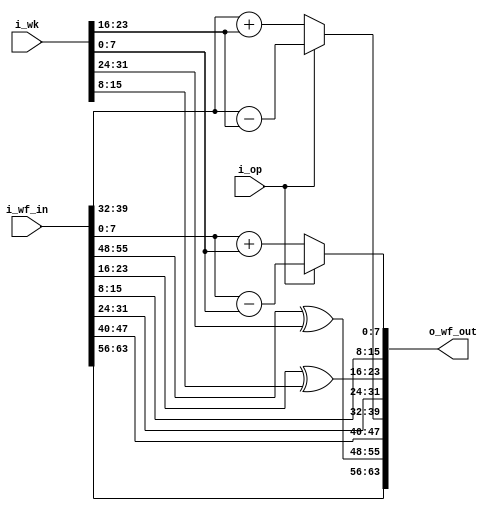
//////////////////////////////////////////////////////////////////////
////                                                              ////
////  Whitening function of main datapath for HIGHT Crypto Core   ////
////                                                              ////
////  This file is part of the HIGHT Crypto Core project          ////
////  http://github.com/OpenSoCPlus/hight_crypto_core             ////
////  http://www.opencores.org/project,hight                      ////
////                                                              ////
////  Description                                                 ////
////  __description__                                             ////
////                                                              ////
////  Author(s):                                                  ////
////      - JoonSoo Ha, json.ha@gmail.com                         ////
////      - Younjoo Kim, younjookim.kr@gmail.com                  ////
////                                                              ////
//////////////////////////////////////////////////////////////////////
////                                                              ////
//// Copyright (C) 2015 Authors, OpenSoCPlus and OPENCORES.ORG    ////
////                                                              ////
//// This source file may be used and distributed without         ////
//// restriction provided that this copyright statement is not    ////
//// removed from the file and that any derivative work contains  ////
//// the original copyright notice and the associated disclaimer. ////
////                                                              ////
//// This source file is free software; you can redistribute it   ////
//// and/or modify it under the terms of the GNU Lesser General   ////
//// Public License as published by the Free Software Foundation; ////
//// either version 2.1 of the License, or (at your option) any   ////
//// later version.                                               ////
////                                                              ////
//// This source is distributed in the hope that it will be       ////
//// useful, but WITHOUT ANY WARRANTY; without even the implied   ////
//// warranty of MERCHANTABILITY or FITNESS FOR A PARTICULAR      ////
//// PURPOSE.  See the GNU Lesser General Public License for more ////
//// details.                                                     ////
////                                                              ////
//// You should have received a copy of the GNU Lesser General    ////
//// Public License along with this source; if not, download it   ////
//// from http://www.opencores.org/lgpl.shtml                     ////
////                                                              ////
//////////////////////////////////////////////////////////////////////

module WF(
	
	i_op        ,  

	i_wf_in     ,  
	
	i_wk        ,   
	
	o_wf_out          
);


//=====================================
//
//          PARAMETERS 
//
//=====================================


//=====================================
//
//          I/O PORTS 
//
//=====================================

input        i_op           ;  

input[63:0]  i_wf_in        ;  
	
input[31:0]  i_wk           ;   

output[63:0] o_wf_out       ;  


//=====================================
//
//          REGISTERS
//
//=====================================


//=====================================
//
//          WIRES
//
//=====================================
// w_wf_out
wire[63:0]  w_wf_out     ;
// w_rf_out(7:0)
wire[7:0]  w_wf_out7     ;  
wire[7:0]  w_wf_out6     ;  
wire[7:0]  w_wf_out5     ;  
wire[7:0]  w_wf_out4     ;  
wire[7:0]  w_wf_out3     ;  
wire[7:0]  w_wf_out2     ;  
wire[7:0]  w_wf_out1     ;  
wire[7:0]  w_wf_out0     ;  

//=====================================
//
//          MAIN
//
//=====================================

assign w_wf_out7 = i_wf_in[63:56];
assign w_wf_out6 = i_wf_in[55:48] ^ i_wk[31:24];
assign w_wf_out5 = i_wf_in[47:40];
assign w_wf_out4 = (i_op == 0) ? (i_wf_in[39:32] + i_wk[23:16]) : 
                                 (i_wf_in[39:32] - i_wk[23:16]) ;
assign w_wf_out3 = i_wf_in[31:24];
assign w_wf_out2 = i_wf_in[23:16] ^ i_wk[15:8];
assign w_wf_out1 = i_wf_in[15:8];
assign w_wf_out0 = (i_op == 0) ? (i_wf_in[7:0] + i_wk[7:0]) : 
                                 (i_wf_in[7:0] - i_wk[7:0]) ; 

assign w_wf_out = {w_wf_out7, w_wf_out6, w_wf_out5, w_wf_out4, w_wf_out3, w_wf_out2, w_wf_out1, w_wf_out0}; 
assign o_wf_out = w_wf_out;

endmodule